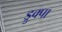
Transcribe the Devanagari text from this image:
ड्रुक्पा